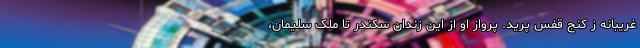
غریبانه زِ کنج قفس پرید. پرواز او از این زندان سکندر تا ملک سلیمان،